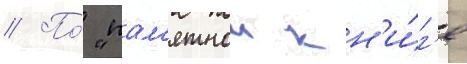
// По́ "пам'ятнои кн'и́г'е